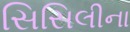
સિસિલીના